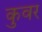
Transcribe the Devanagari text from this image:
कुवर